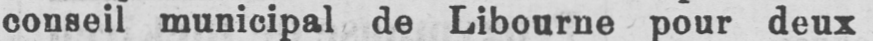
conseil municipal de Libourne pour deux